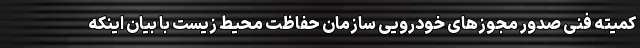
کمیته فنی صدور مجوزهای خودرویی سازمان حفاظت محیط زیست با بیان اینکه